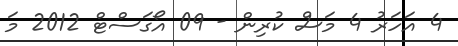
4 އަހަރު 4 މަސް ކުރިން - 09 އޯގަސްޓް 2012 މަ